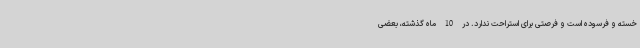
خسته و فرسوده است و فرصتی برای استراحت ندارد. در 10 ماه گذشته، بعضی